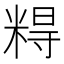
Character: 𰫀